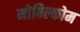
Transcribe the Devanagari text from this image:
मोबिल्कोम